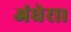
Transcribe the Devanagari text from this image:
अंधेरा।